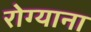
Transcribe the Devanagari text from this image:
रोग्याना